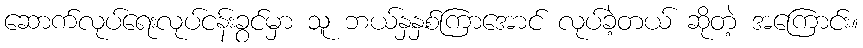
ဆောက်လုပ်ရေးလုပ်ငန်းခွင်မှာ သူ ဘယ်နှနှစ်ကြာအောင် လုပ်ခဲ့တယ် ဆိုတဲ့ အကြောင်း။